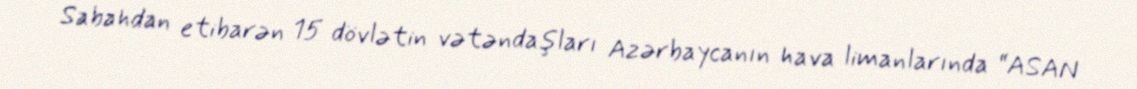
Sabahdan etibarən 15 dövlətin vətəndaşları Azərbaycanın hava limanlarında “ASAN